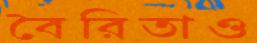
বৈরিতাও